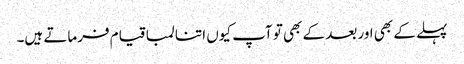
پہلے کے بھی اور بعد کے بھی تو آپ کیوں اتنا لمبا قیام فرماتے ہیں۔